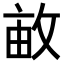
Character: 𢽒